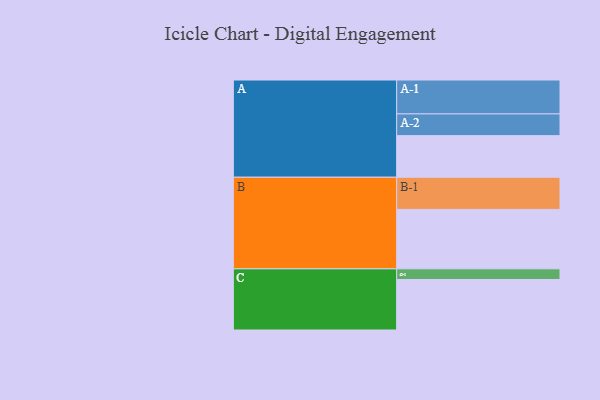
{"axis": {"x": "Segment", "y": "Value"}, "legend": ["", "A", "B", "C"], "data": [{"x": "A", "y": 331, "type": ""}, {"x": "B", "y": 473, "type": ""}, {"x": "C", "y": 402, "type": ""}, {"x": "A-1", "y": 270, "type": "A"}, {"x": "A-2", "y": 173, "type": "A"}, {"x": "B-1", "y": 256, "type": "B"}, {"x": "C-1", "y": 85, "type": "C"}]}